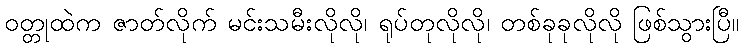
ဝတ္တုထဲက ဇာတ်လိုက် မင်းသမီးလိုလို၊ ရုပ်တုလိုလို၊ တစ်ခုခုလိုလို ဖြစ်သွားပြီ။